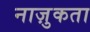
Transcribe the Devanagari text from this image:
नाज़ुकता